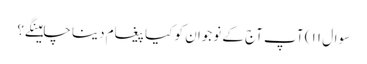
سوال ۱۱ ) آپ آج کے نوجوان کو کیا پیغام دینا چاہینگےَ؟